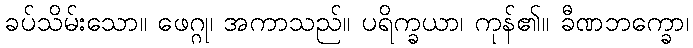
ခပ်သိမ်းသော။ ဖေဂ္ဂု၊ အကာသည်။ ပရိက္ခယာ၊ ကုန်၏။ ခီဏဘက္ခော၊